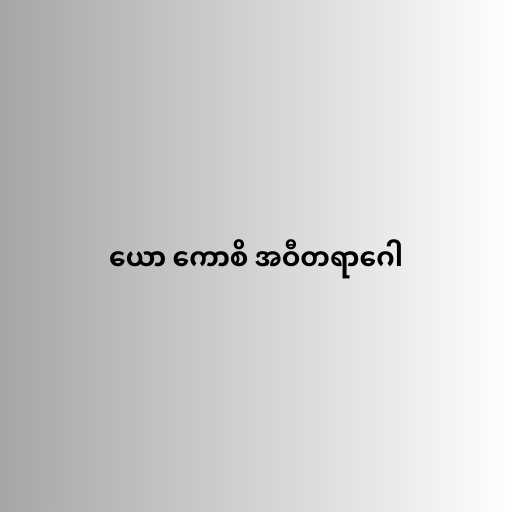
ယော ကောစိ အဝီတရာဂေါ